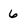
Character: 6